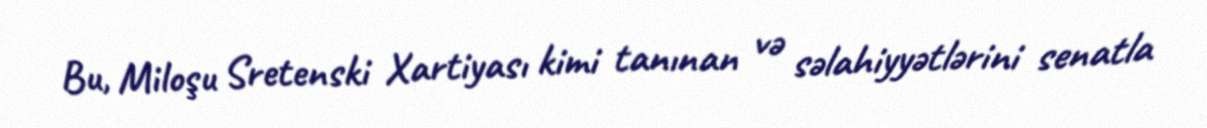
Bu, Miloşu Sretenski Xartiyası kimi tanınan və səlahiyyətlərini senatla